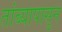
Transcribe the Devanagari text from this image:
तांब्यापासुन